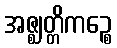
အဇ္ဈတ္တိကဉ္စေ